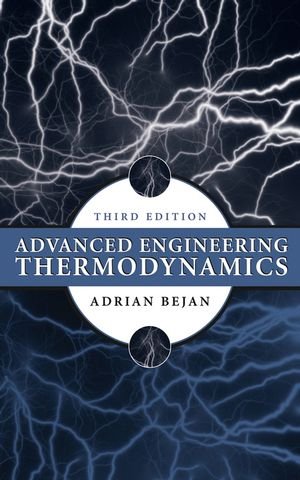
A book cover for Advanced Engineering Thermodynamics; Adrian Bejan; Science & Math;